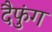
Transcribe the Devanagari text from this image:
दैफुंग